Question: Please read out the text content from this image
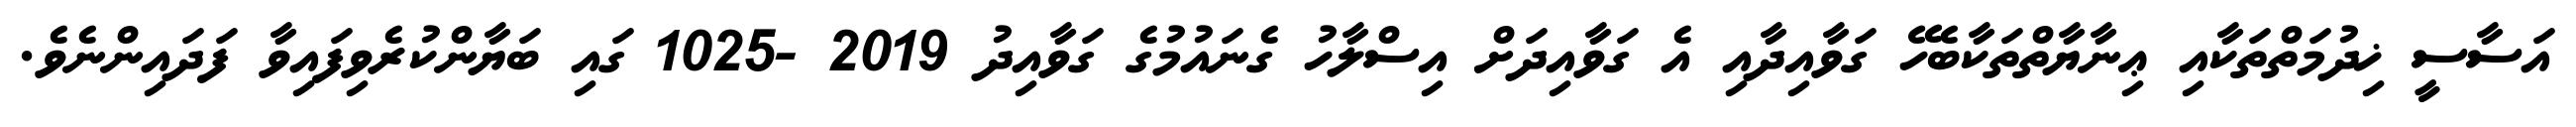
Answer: އަސާސީ ޚިދުމަތްތަކާއި ޢިނާޔާތްތަކާބެހޭ ގަވާއިދާއި އެ ގަވާއިދަށް އިސްލާހު ގެނައުމުގެ ގަވާއިދު 2019 -1025 ގައި ބަޔާންކުރެވިފައިވާ ފަދައިންނެވެ.